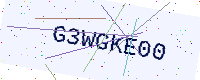
Text: G3WGKE00